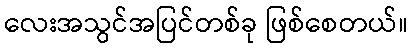
လေးအသွင်အပြင်တစ်ခု ဖြစ်စေတယ်။